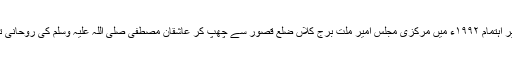
آخری ایڈیشن راقم الحروف کے زیر اہتمام ۱۹۹۲ء میں مرکزی مجلس امیرِ ملّت بُرج کلاں ضِلع قصور سے چھپ کر عاشقانِ مصطفیٰ صلی اللہ علیہ وسلم کی روحانی تسکین کا سامان بہم پہنچا چکا ہے۔